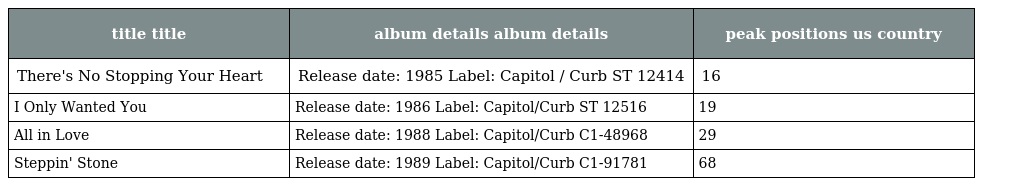
| title title | album details album details | peak positions us country |
 | --- | --- | --- |
 | There's No Stopping Your Heart | Release date: 1985 Label: Capitol / Curb ST 12414 | 16 |
 | I Only Wanted You | Release date: 1986 Label: Capitol/Curb ST 12516 | 19 |
 | All in Love | Release date: 1988 Label: Capitol/Curb C1-48968 | 29 |
 | Steppin' Stone | Release date: 1989 Label: Capitol/Curb C1-91781 | 68 |